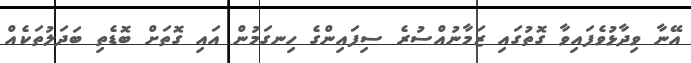
އޭނާ ވިދާޅުވެފައިވާ ގޮތުގައި ޒަމާނުއްސުރެ ސިފައިންގެ ހިނގަމުން އައި ގޮތަށް ބޮޑެތި ބަދަލުތަކެއް